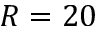
R = 2 0